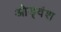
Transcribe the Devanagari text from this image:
ओड्वंश